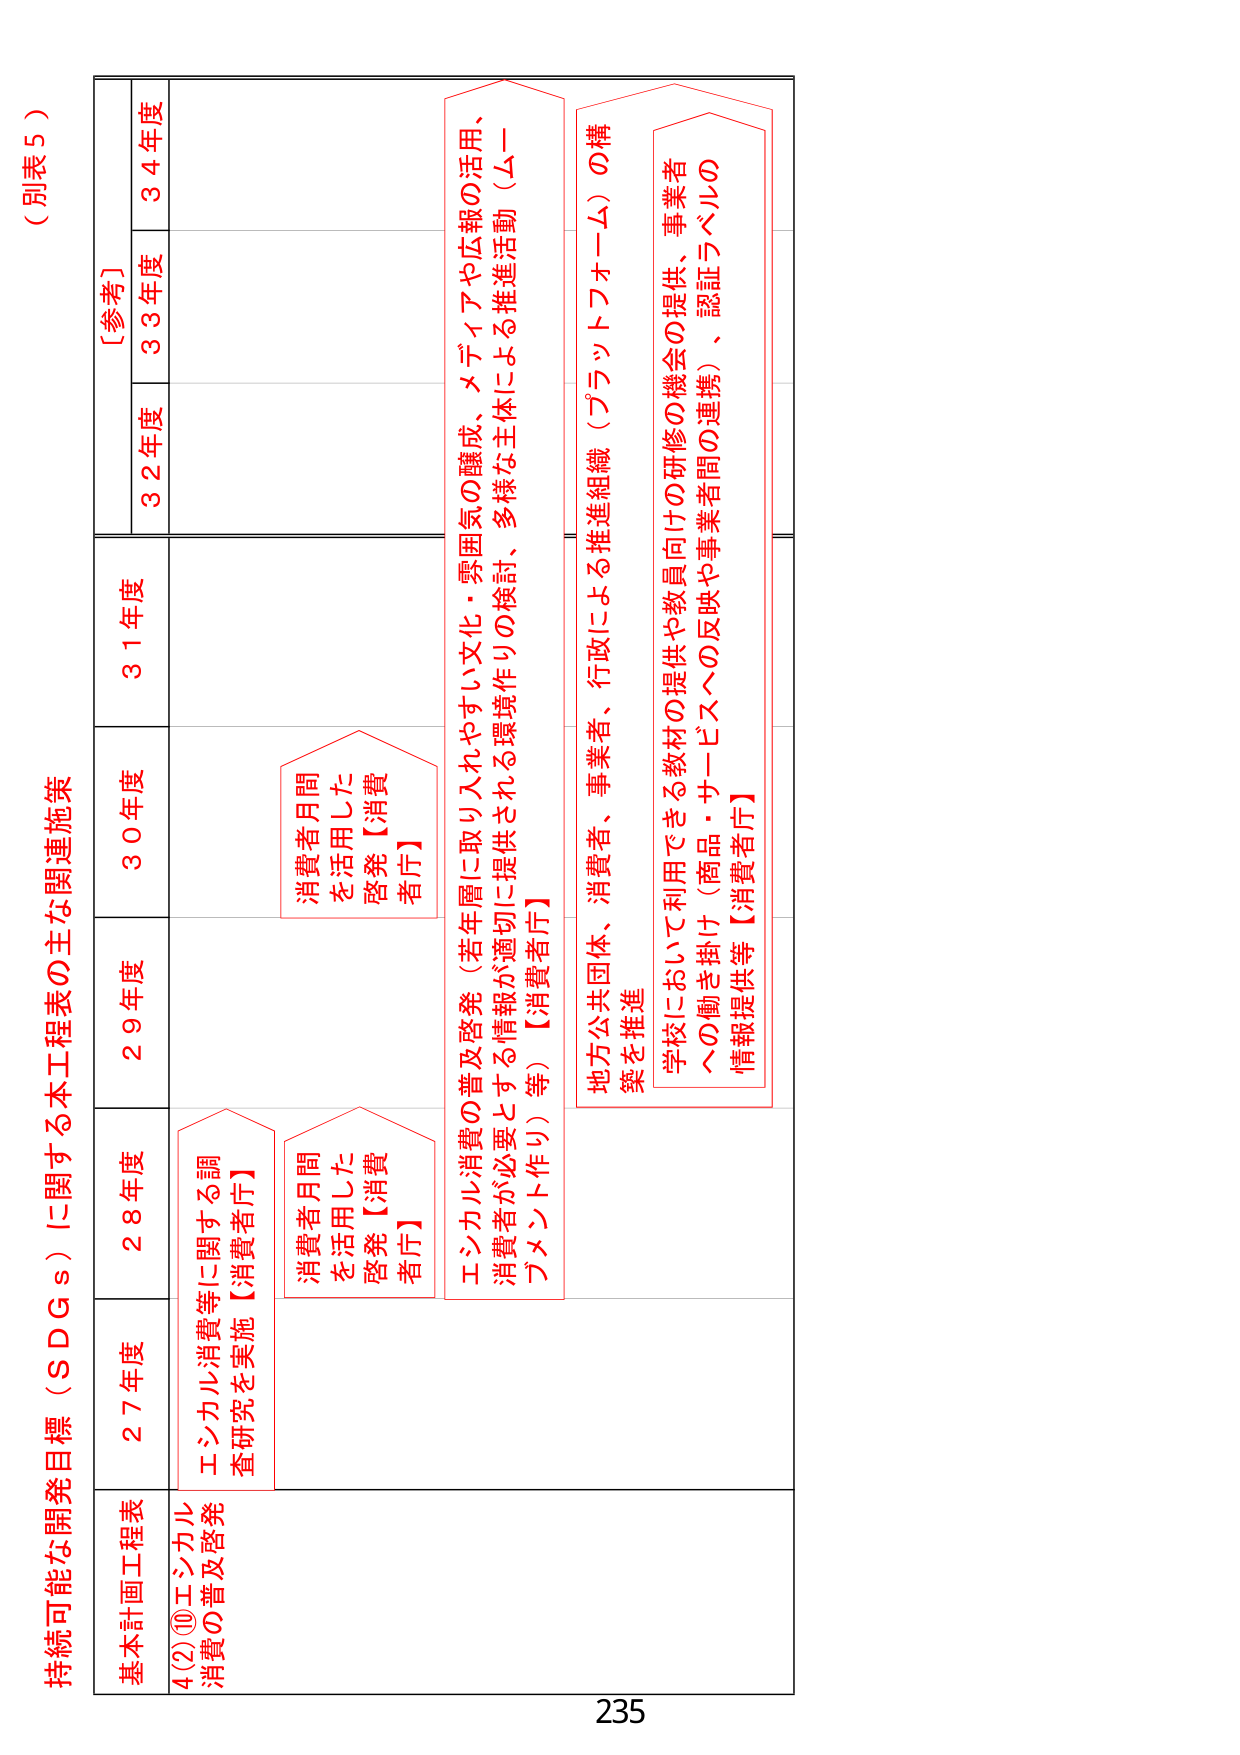
（別表５）

持続可能な開発目標（ＳＤＧｓ）に関する本工程表の主な関連施策

基本計画工程表
4(2)⑩エシカル消費の普及啓発

27年度
28年度
29年度
30年度
31年度
32年度
33年度
34年度
［参考］

エシカル消費等に関する調査研究を実施【消費者庁】

消費者月間を活用した啓発【消費者庁】

消費者月間を活用した啓発【消費者庁】

エシカル消費の普及啓発（若年層に取り入れやすい文化・雰囲気の醸成、メディアや広報の活用、消費者が必要とする情報が適切に提供される環境作りの検討、多様な主体による推進活動（ムーブメント作り）等）【消費者庁】

地方公共団体、消費者、事業者、行政による推進組織（プラットフォーム）の構築を推進

学校において利用できる教材の提供や教員向けの研修の機会の提供、事業者への働き掛け（商品・サービスへの反映や事業者間の連携）、認証ラベルの情報提供等【消費者庁】

235